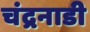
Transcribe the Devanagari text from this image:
चंद्रनाडी